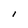
Character: l